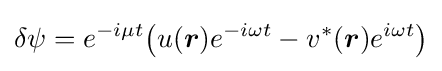
\delta \psi =e^{-i\mu t}{\big (}u({\boldsymbol {r}})e^{-i\omega t}-v^{*}({\boldsymbol {r}})e^{i\omega t}{\big )}